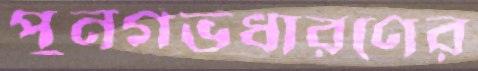
পুনর্গর্ভধারণের